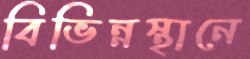
বিভিন্নস্থানে